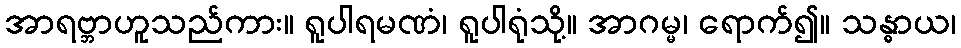
အာရဗ္ဘာဟူသည်ကား။ ရူပါရမဏံ၊ ရူပါရုံသို့။ အာဂမ္မ၊ ရောက်၍။ သန္ဓာယ၊